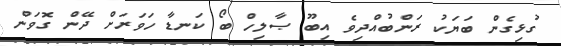
ގުޅިގެން ބަޔަކު ރަންބުއްދިވެ އިބޫ ޞާލިހް ބޯ ކަނޑާ ހަވަރަށް ދޭން ގޮވަން